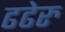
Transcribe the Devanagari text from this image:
ढढेरु